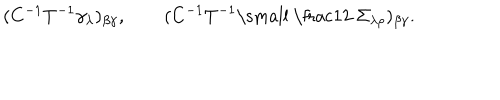
LaTeX: ( C ^ { - 1 } T ^ { - 1 } \gamma _ { \lambda } ) _ { \beta \gamma } , \qquad ( C ^ { - 1 } T ^ { - 1 } { \mathrm { \small ~ \frac 1 2 ~ } } \Sigma _ { \lambda \rho } ) _ { \beta \gamma } .